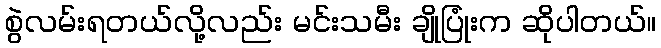
စွဲလမ်းရတယ်လို့လည်း မင်းသမီး ချိုပြုံးက ဆိုပါတယ်။